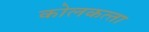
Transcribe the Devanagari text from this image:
कोलकत्‍ता